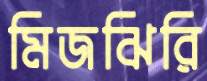
মিজঝিরি